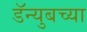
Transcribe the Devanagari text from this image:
डॅन्युबच्या